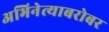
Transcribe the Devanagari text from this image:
अभिनेत्याबरोबर